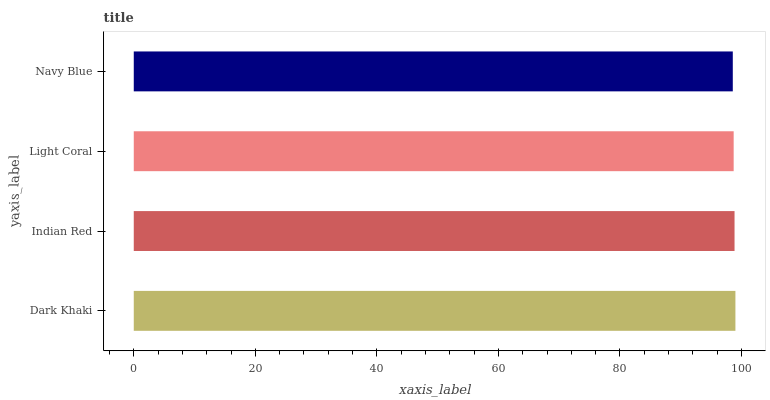
| yaxis_label | bars |
 | --- | --- |
 | Dark Khaki | 99 |
 | Indian Red | 98.9 |
 | Light Coral | 98.7 |
 | Navy Blue | 98.6 |